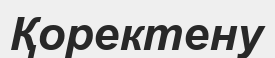
Қоректену